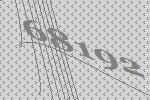
68192